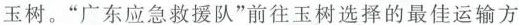
玉树。”广东应急救援队”前往玉树选择的最佳运输方